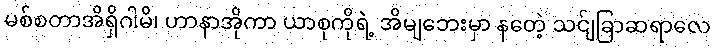
မစ်စတာအိရှိဂါမိ၊ ဟာနာအိုကာ ယာစုကိုရဲ့ အိမျဘေးမှာ နတေဲ့ သင်ျခြာဆရာလေ